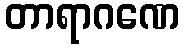
တာရာဂဏေ